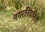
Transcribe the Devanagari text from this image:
नगरनिवासियों